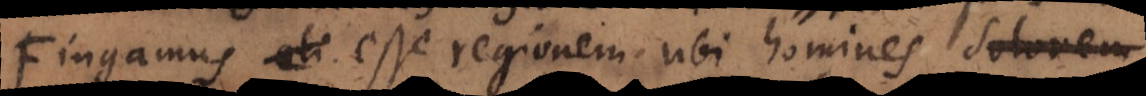
Fingamus esse regionem ubi homines dolorem